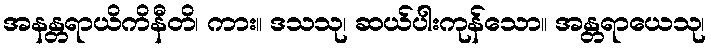
အနန္တရာယိကိနီတိ၊ ကား။ ဒသသု၊ ဆယ်ပါးကုန်သော။ အန္တရာယေသု၊